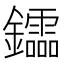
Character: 𨯻